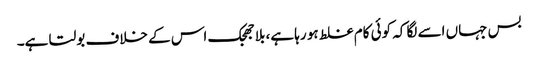
بس جہاں اسے لگا کہ کوئی کام غلط ہو رہا ہے، بلاجھجک اس کے خلاف بولتا ہے۔